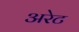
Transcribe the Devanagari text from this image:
अरेट